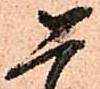
恐